Reports on dispensaries and lunatic asylums in the Province of Oudh - 1869-1876
Year: 1869
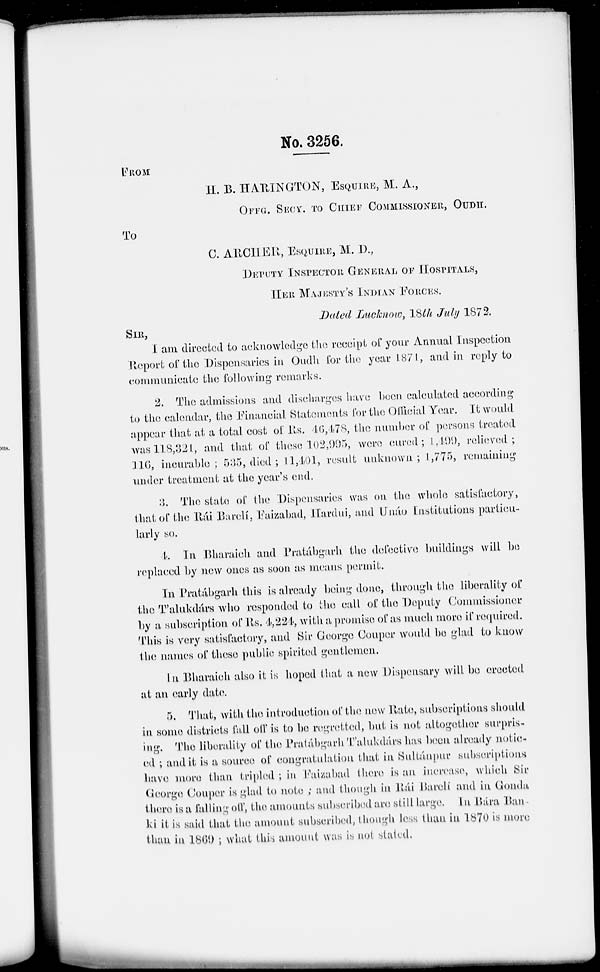
No. 3256.
FROM
H. B. HARINGTON, ESQUIRE, M. A.,
OFFG. SECY. TO CHIEF COMMISSIONER, OUDH.
To
C. ARCHER, ESQUIRE, M. I.,
DEPUTY INSPECTOR GENERAL OF HOSPITALS,
HER MAJESTY'S INDIAN FORCES.
Dated Lucnow, 18th July 1872.
SIR,
I am directed to acknowledge the receipt of your Annual Inspection
Report of the Dispensaries in Oudh for the year 1871, and in reply to
communicate the following remarks.
2. The admissions and discharges have been, calculated according
to the calendar, the Financial Statements for the Official Year. It would
appear that at a total cost of Rs. 46,478, the number of persons treated
was118,32l, and that of these 102,995, were cured; 1,499, relieved;
116, incurable; 535, died; 11,401, result unknown; 1,775, remaining
under treatment at the year's end.
3. The state of the Dispensaries was on the whole satisfactory,
that of the Rái Barelí, Eaizabad, Hardui, and Unáo Institutions partiou-
larly so.
4. In Bharaich and Pratábgarh the defective buildings will be
replaced by new ones as soon as means permit.
In Pratábgarh this is already being done, through the liberality of
the T'alukdárs who responded to the call of the Deputy Commissioner
by a subscription of Rs. 4,224, with a promise of as much more if required.
This is very satisfactory, and Sir George Couper would be glad to know
the names of these public spirited gentlemen.
In Bharaich also it is hoped that a new Dispensary will be erected
at an early date.
5. That, with the introduction of the new Rate, subscriptions should
in some districts fall off is to be regretted, but is not altogether surpris-
ing. The liberality of the Pratábgarh Talukdárs has been already notic-
ed; and it is a source of congratulation that in Sultánpur subscriptions
have more than tripled; in Faizabad there is an increase, which Sir
George Couper is glad to note; and though in Rái Barelí and in Gonda
there is a falling off, the amounts subscribed are still large. In Bára Ban
ki it is said that the amount subscribed, though less than in 1870 is more
than in 1869; what this amount was is not stated.